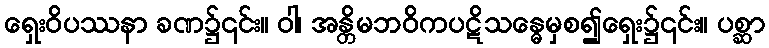
ရှေးဝိပဿနာ ခဏ၌၎င်း။ ဝါ၊ အန္တိမဘဝိကပဋိသန္ဓေမှစ၍ရှေး၌၎င်း။ ပစ္ဆာ